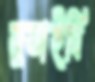
মুতাইবি